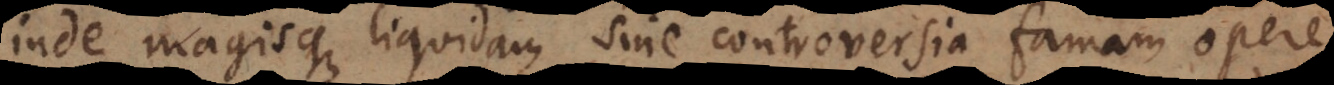
inde magisque liquidam sine controversia famam opere